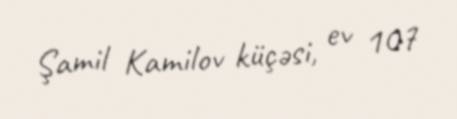
Şamil Kamilov küçəsi, ev 107